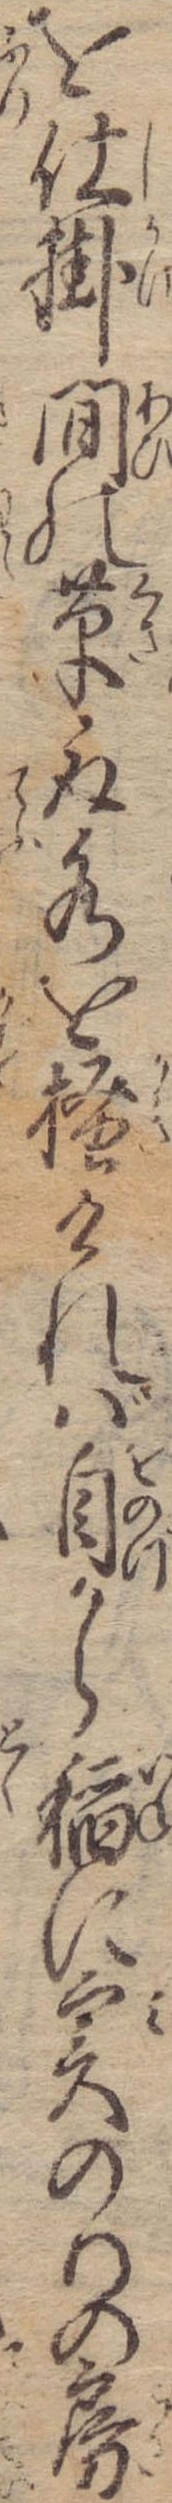
を仕掛間の草取水を掻ければ自から稲に実のりの房